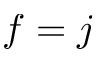
f = j